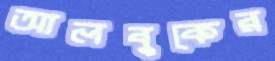
আলবুকের